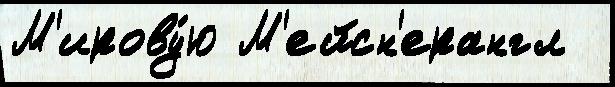
М'ирову́ю М'ейсн'ерангл